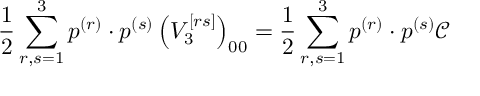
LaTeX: \frac { 1 } { 2 } \sum _ { r , s = 1 } ^ { 3 } p ^ { ( r ) } \cdot p ^ { ( s ) } \left( V _ { 3 } ^ { \left[ r s \right] } \right) _ { 0 0 } = \frac { 1 } { 2 } \sum _ { r , s = 1 } ^ { 3 } p ^ { ( r ) } \cdot p ^ { ( s ) } \mathcal { C }